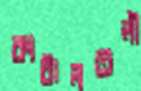
কাঠালতলী